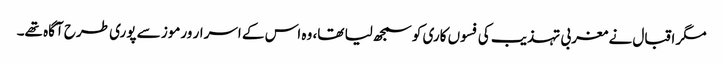
مگر اقبال نے مغربی تہذیب کی فسوں کاری کو سمجھ لیا تھا، وہ اس کے اسرار ورموز سے پوری طرح آگاہ تھے۔